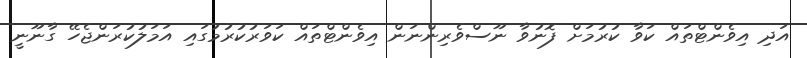
އަދި އިވެންޓްތައް ކަވާ ކުރުމަށް ފޮނުވާ ނޫސްވެރިންނަން އިވެންޓްތައް ކަވަރުކުރުމުގައި އަމަލުކުރަންޖެހޭ ގާނޫނީ